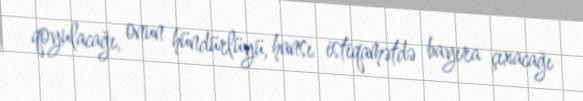
qoyulacağı, onun hündürlüyü, hansı istiqamətdə bayıra çıxacağı